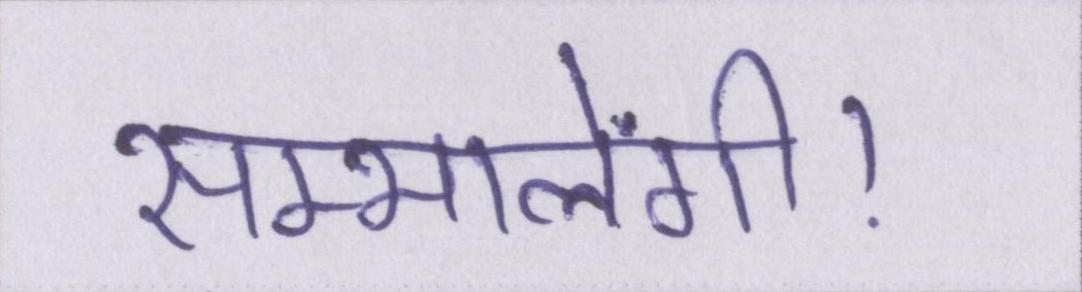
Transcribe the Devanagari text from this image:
सम्भालेंगी।